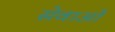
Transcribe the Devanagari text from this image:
सेवाओंं